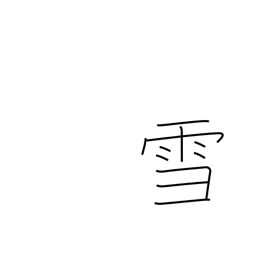
Meaning: snow